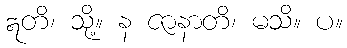
ဣတိ၊ သို့။ န ဇာနာတိ၊ မသိ။ ပ။